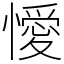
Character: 懓